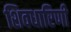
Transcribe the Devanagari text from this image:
शिवधारिणी